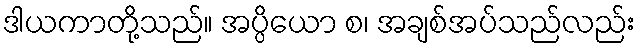
ဒါယကာတို့သည်။ အပ္ပိယော စ၊ အချစ်အပ်သည်လည်း